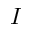
I